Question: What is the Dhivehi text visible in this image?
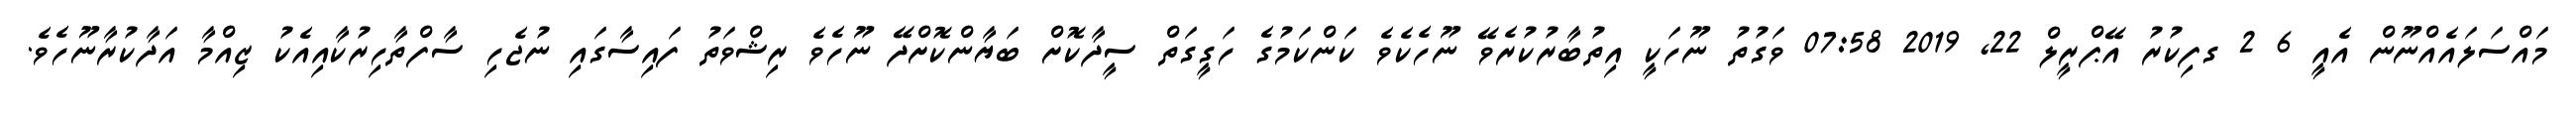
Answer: މައްސަލައެއްނޫން އެއީ 6 2 ގފިކުރު އޭޕްރީލް 22, 2019 07:58 ވަގުތު ނޫހަކީ އިތުބާރުކުރެވޭ ނޫހެކެވެ ކަންކަމުގެ ހަގީގަތް ސީދާކޮށް ބަޔާންކޮށްދޭ ނޫހެވެ ރިޝްވަތު ފައިސާގައި ނުޖެހި ސާފްތާހިރުކާއިއެކު ޒިއްމާ އަދާކުރާނޫހެވެ.